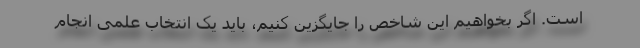
است. اگر بخواهیم این شاخص را جایگزین کنیم، باید یک انتخاب علمی انجام